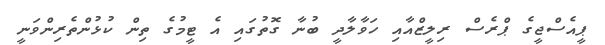
ޕީއެސްޖީގެ ޕްރެސް ރިލީޒްއާއި ހަވާލާދީ ބުނާ ގޮތުގައި އެ ޓީމުގެ ތިން ކުޅުންތެރިންވަނީ